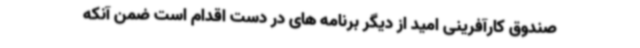
صندوق کارآفرینی امید از دیگر برنامه های در دست اقدام است ضمن آنکه